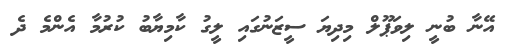
އޭނާ ބުނީ ލިވަޕޫލް މިދިޔަ ސީޒަނުގައި ލީގު ކާމިޔާބު ކުރުމާ އެންމެ ދެ